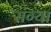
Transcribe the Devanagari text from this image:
संग्या